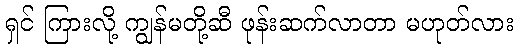
ရှင် ကြားလို့ ကျွန်မတို့ဆီ ဖုန်းဆက်လာတာ မဟုတ်လား